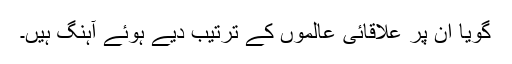
گویا ان پر علاقائی عالموں کے ترتیب دیے ہوئے آہنگ ہیں۔